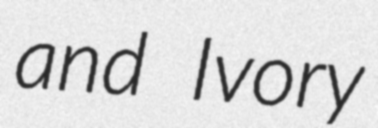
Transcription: and Ivory